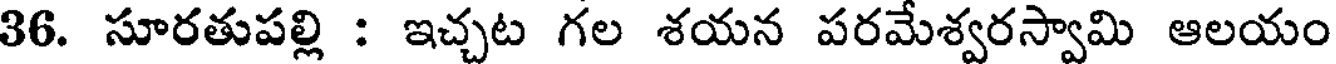
36. సూరతుపల్లి : ఇచ్చట గల శయన పరమేశ్వరస్వామి ఆలయం